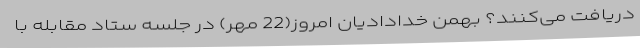
دریافت می‌کنند؟ بهمن خدادادیان امروز(22 مهر) در جلسه ستاد مقابله با